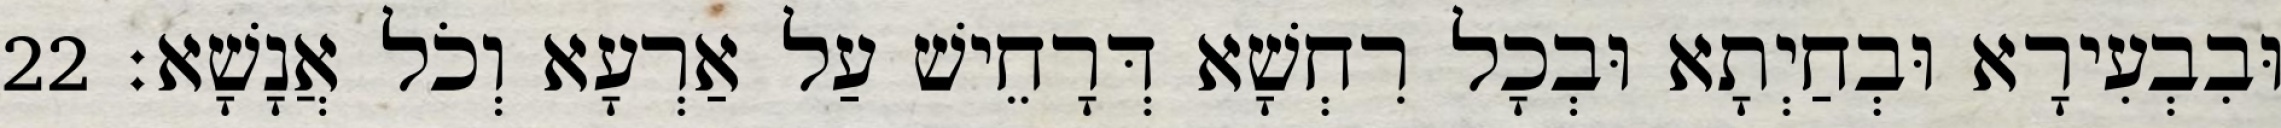
וּבִבְעִירָא וּבְחַיְתָא וּבְכָל רִחְשָׁא דְּרָחֵישׁ עַל אַרְעָא וְכֹל אֲנָשָׁא׃ 22